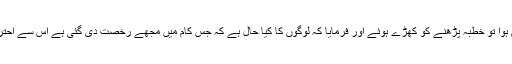
آپﷺ کو معلوم ہوا تو خطبہ پڑھنے کو کھڑے ہوئے اور فرمایا کہ لوگوں کا کیا حال ہے کہ جس کام میں مجھے رخصت دی گئی ہے اس سے احتراز کرتے ہیں؟